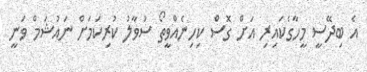
އެ ބިދޭސީ މީހާގެކައިރި އަށް ގޮސް ކިހިނެއްވީތޯ ސުވާލު ކުރިކަމަށް ނައުޝަމް ވަނީ